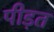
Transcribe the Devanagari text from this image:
पीड़त